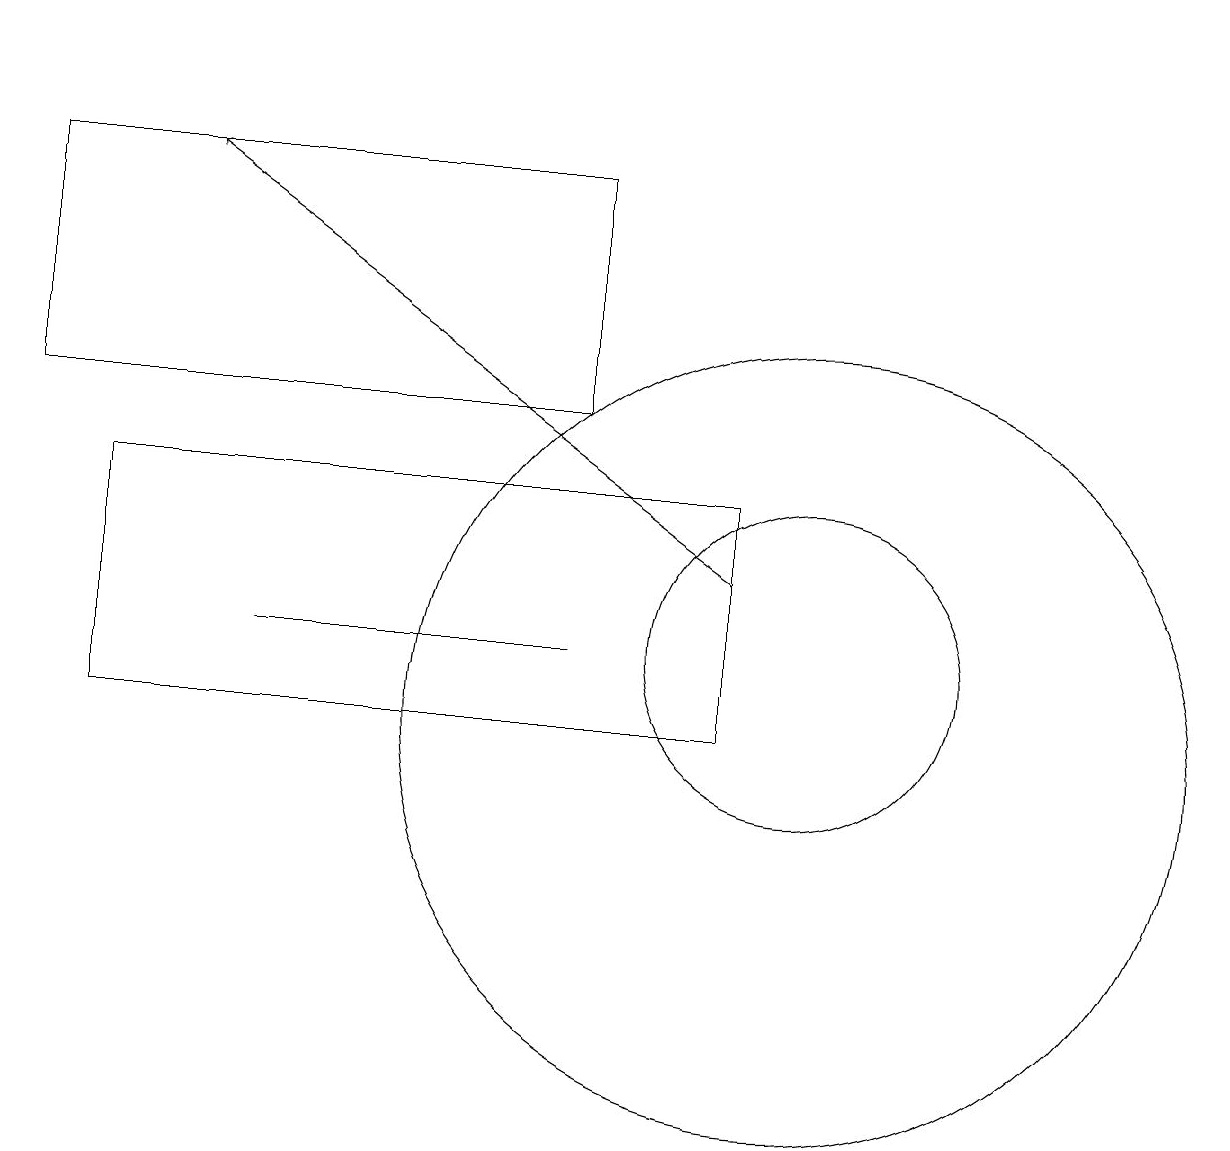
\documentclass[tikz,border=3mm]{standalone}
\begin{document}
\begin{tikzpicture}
\draw (10,10) circle (5);
\draw (0,17) rectangle (7,14);
\draw[->] (9,12) -- (2,17);
\draw (10,11) circle (2);
\draw (3,11) rectangle (7,11);
\draw[->] (0,19) -- (0,19);
\draw (1,13) rectangle (9,10);
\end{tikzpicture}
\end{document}